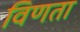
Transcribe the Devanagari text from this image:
विणता